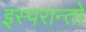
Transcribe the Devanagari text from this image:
इस्परान्तो